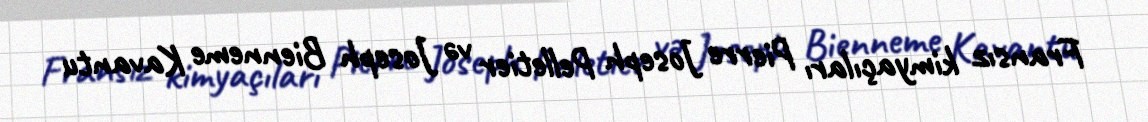
Fransız kimyaçıları Pierre Joseph Pelletier və Joseph Bienneme Kavantu